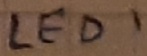
Text: LED1